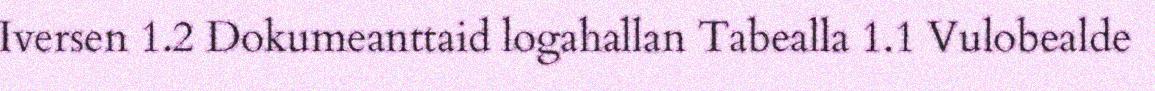
Iversen 1.2 Dokumeanttaid logahallan Tabealla 1.1 Vulobealde